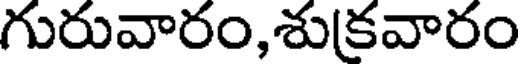
గురువారం,శుకవారం